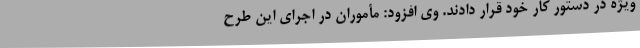
ویژه در دستور کار خود قرار دادند. وی افزود: مأموران در اجرای این طرح